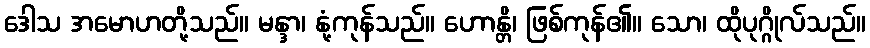
ဒေါသ အမောဟတို့သည်။ မန္ဒာ၊ နုံ့ကုန်သည်။ ဟောန္တိ၊ ဖြစ်ကုန်၏။ သော၊ ထိုပုဂ္ဂိုလ်သည်။